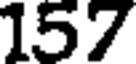
157